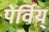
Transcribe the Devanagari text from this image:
पेर्विय्